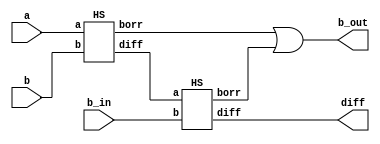
`timescale 1ns / 1ps
//////////////////////////////////////////////////////////////////////////////////
// Company: 
// Engineer: 
// 
// Design Name: 
// Module Name: FS
// Project Name: 
// Target Devices: 
// Tool Versions: 
// Description: 
// 
// Dependencies: 
// 
// Revision:
// Revision 0.01 - File Created
// Additional Comments:
// 
//////////////////////////////////////////////////////////////////////////////////


module FS(
input a, b, b_in,
output diff, b_out
);
wire w1,b_0,b_1;
HS S1 (a, b, w1, b_0);
HS S2 (w1, b_in, diff, b_1);
or o1 (b_out, b_0, b_1);
endmodule

module HS(
input a,b,
output diff, borr
);
wire na;
xor x1 (diff, a, b);
not n1 (na, a);
and a1 (borr, na, b);
endmodule